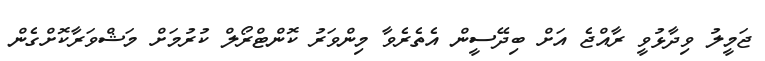
ޖަމީލު ވިދާޅުވީ ރާއްޖެ އަށް ބިދޭސީން އެތެރެވާ މިންވަރު ކޮންޓްރޯލް ކުރުމަށް މަޝްވަރާކޮށްގެން